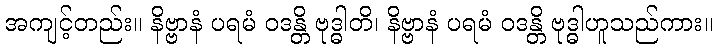
အကျင့်တည်း။ နိဗ္ဗာနံ ပရမံ ဝဒန္တိ ဗုဒ္ဓါတိ၊ နိဗ္ဗာနံ ပရမံ ဝဒန္တိ ဗုဒ္ဓါဟူသည်ကား။